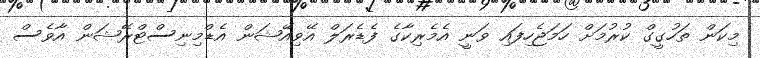
މިކަން ތަހުގީގް ކުރުމަށް ހަމަޖެހިފައި ވަނީ އެމެރިކާގެ ފެޑެރަލް އޭވިއޭޝަން އެޑްމިނިސްޓްރޭޝަން އާވެސް